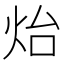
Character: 炲